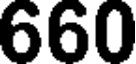
660